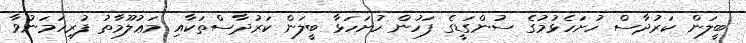
ބީލަން ކަރުދާސް ހުށަހެޅުމުގެ ސުންގަޑީގެ ފަހުން ހުށަހަޅާ ބީލަން ކަރުދާސްތަކާއި މަޢުލޫމާތު ފުރިހަމަނުވާ